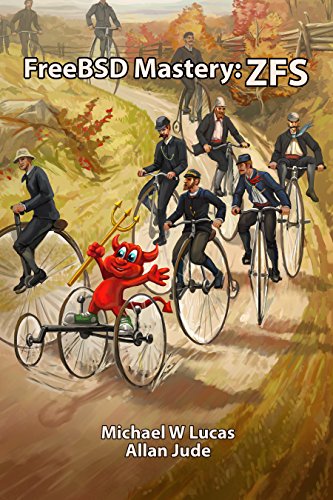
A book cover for FreeBSD Mastery: ZFS (IT Mastery Book 7); Michael W Lucas; Computers & Technology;